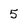
Character: 5